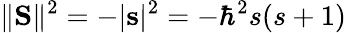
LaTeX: \| \mathbf{S}\| ^{2}=-|\mathbf{s}|^{2}=-\hbar^{2}s(s+1)